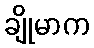
ချိုမာက